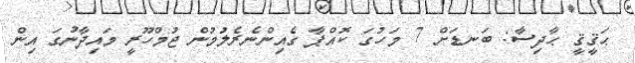
ޙަޤީޤީ ޙާދިސާ: ބަނޑަށް 7 މަހުގަ ކޮއްޕާ ގެއިންނެރެލުމުން ޖުމްހޫރީ މައިދާނުގަ އިން